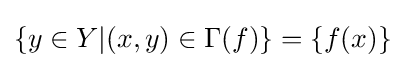
\lbrace y\in Y|(x,y)\in \Gamma (f)\rbrace =\lbrace f(x)\rbrace